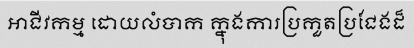
អាជីវកម្ម ដោយលំបាក ក្នុងការប្រកួតប្រជែងដ៏